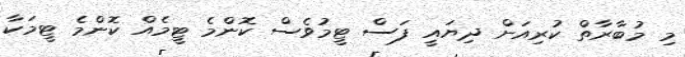
މި މުބާރާތް ކުރިއަށް ދިޔައީ ފަސް ޓީމުވެސް ކޮންމެ ޓީމެއް ކޮންމެ ޓީމަކާ